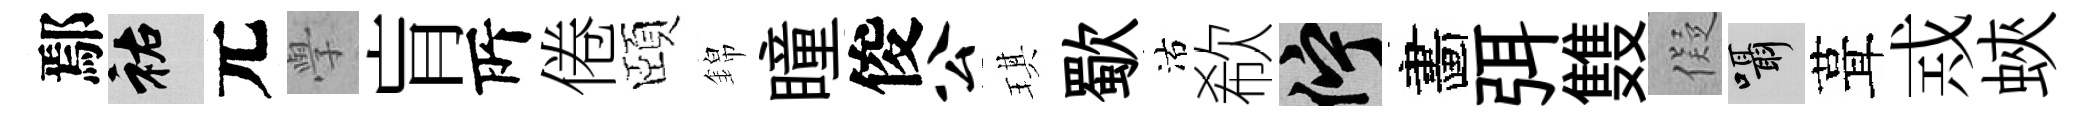
鄢祐元𭓕肓𠩄倦頤錦瞳俊公琪歜沽欷伫畵弭䨇儗囁葺𢦶蛺